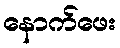
နောက်ဖေး